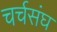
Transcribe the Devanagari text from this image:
चर्चसंघ